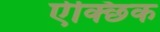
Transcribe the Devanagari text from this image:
ऐक्छिक